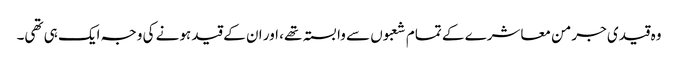
وہ قیدی جرمن معاشرے کے تمام شعبوں سے وابستہ تھے، اور ان کے قید ہونے کی وجہ ایک ہی تھی۔